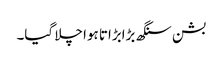
بشن سنگھ بڑابڑاتا ہوا چلا گیا۔